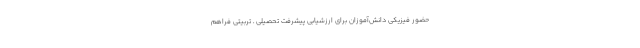
حضور فیزیکی دانش‌آموزان برای ارزشیابی پیشرفت تحصیلی ـ تربیتی فراهم